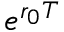
e ^ { r _ { 0 } T }